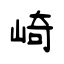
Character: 崎